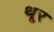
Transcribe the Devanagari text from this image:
थू्र